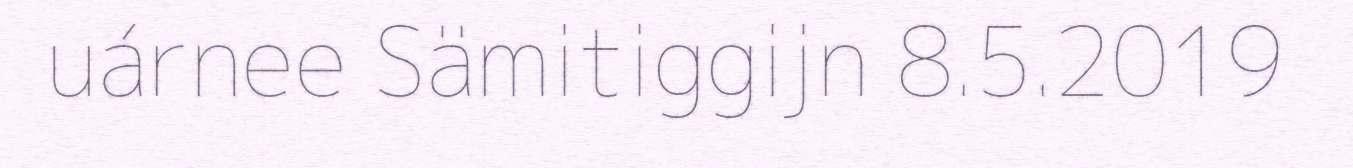
uárnee Sämitiggijn 8.5.2019